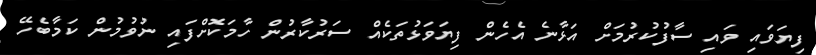
ފިޔަވައި ވައި ސާފުކުރުމަށް އަޅާނެ އެހެން ފިޔަވަޅުތަކެއް ސަރުކާރުން ހާމަކޮށްފައި ނުވުމުން ކަމާބެހޭ